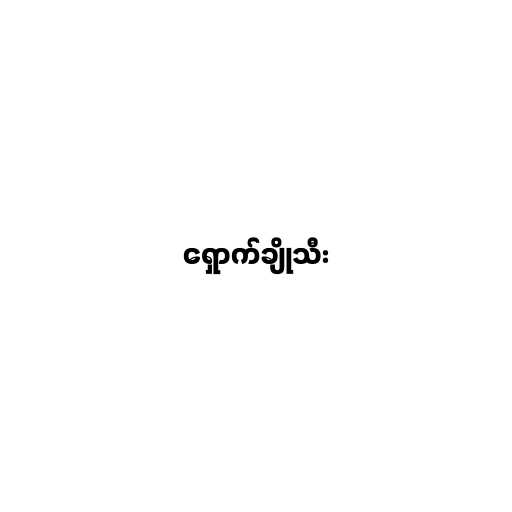
ရှောက်ချိုသီး